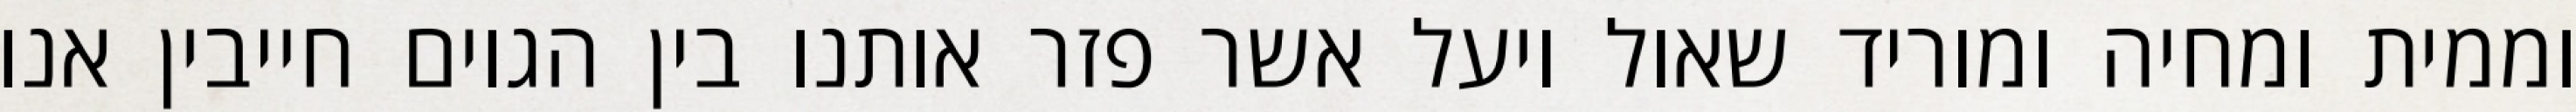
וממית ומחיה ומוריד שאול ויעל אשר פזר אותנו בין הגוים חייבין אנו